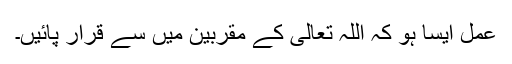
عمل ایسا ہو کہ اللہ تعالیٰ کے مقربین میں سے قرار پائیں۔